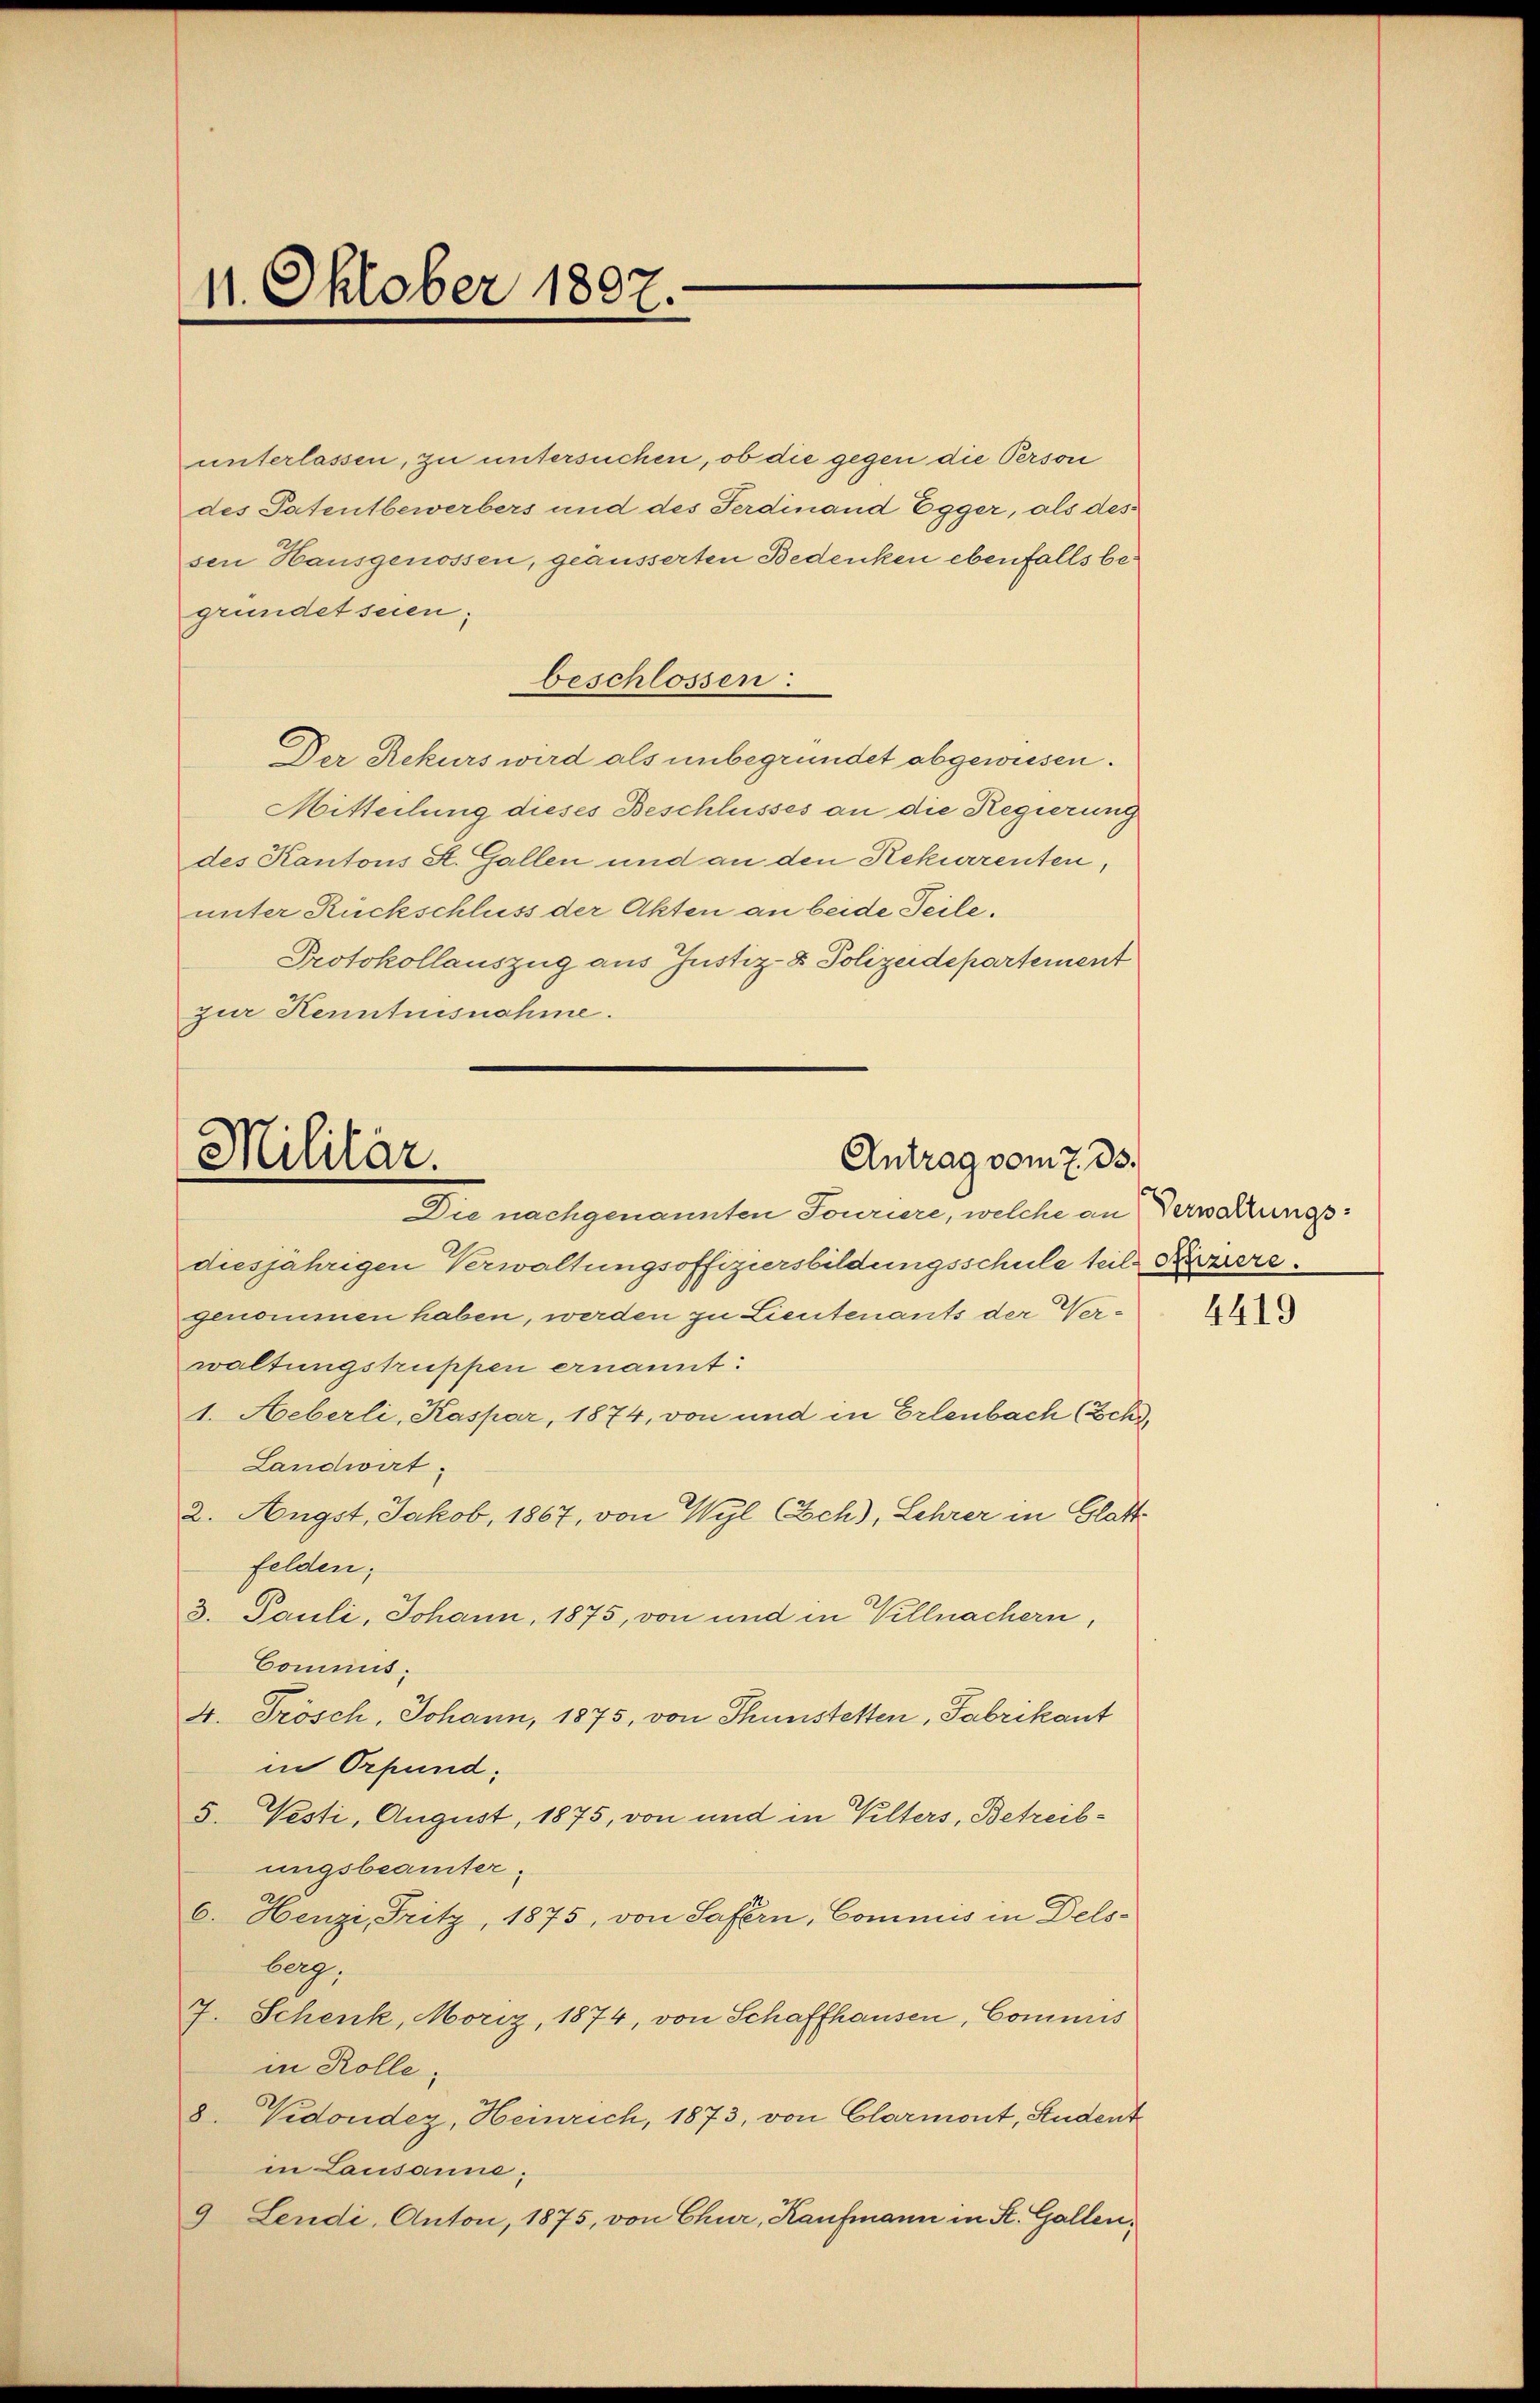
11. Oktober 1807.

unterlassen, zu untersuchen, ob die gegen die Person
des Patentbewerbers und des Ferdinand Egger, als des
sen Hausgenossen, geäusserten Bedenken ebenfalls begründet seien;
beschlossen:
Der Rekurs wird als unbegründet abgeweisen.
Mitteilung dieses Beschlusses an die Regierung
des Kantons St. Gallen und an den Rekurrenten,
unter Rückschluss der Akten an beide Teile.
Protokollauszug aus Justiz- & Polizeidepartement
zur Kenntnisnahme.

Militär.
Antrag vom 7. ds.
Die nachgenannten Jouriere, welche an Verwaltungs¬

diesjährigen Verwaltungsoffiziersbildungsschule teil Kämere.
genommen haben, werden zu Lieutenants der Verwaltungskuppen ernannt:
1. Heberli, Kaspar, 1874, von und in Erlenbach (Sch
Landwirt
2. Angst. Jakob, 1867, von Wyl Ech), Lehrer in Glatte
felden;
3. Pauli, Johann, 1875, von und in Villnachern,
Commis.
4. Frösch, Johann, 1875, von Thunstetten, Fabrikant
in Orpund:
5. Vesti, August, 1875, von und in Kelters, Betreibungsbeamter.
6. Henzi, Fritz, 1875, von Safern, Commis in Delsberg,
7. Schenk, Moriz, 1874, von Schaffhausen, Commis
in Rolle.
8. Vidonder, Heinrich, 1873, von Clarmont, Student
in Lausanne;
9 Lendi, Anton, 1875, von Chur, Kaufmann in K. Gallen,

4419